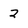
Character: 2